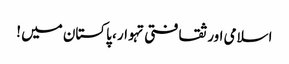
اسلامی اور ثقافتی تہوار ، پاکستان میں !